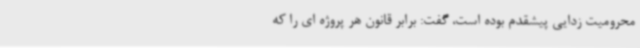
محرومیت زدایی پیشقدم بوده است، گفت: برابر قانون هر پروژه ای را که